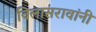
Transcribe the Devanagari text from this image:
विलासरावांनी